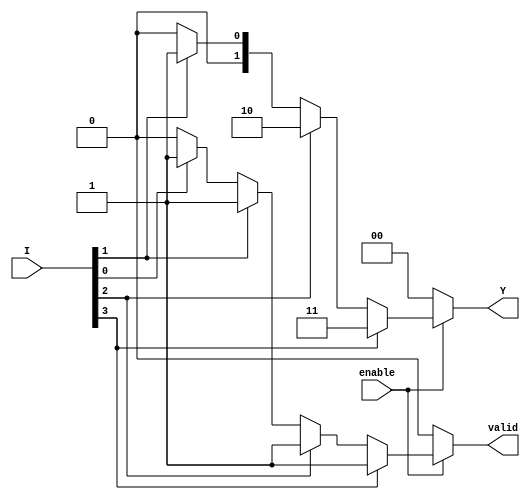
module priority_encoder (
    input wire enable,      // Enable signal
    input wire [3:0] I,    // 4 input lines (I3, I2, I1, I0)
    output reg [1:0] Y,    // 2-bit output for the index
    output reg valid        // Valid output signal
);

always @(*) begin
    if (!enable) begin
        // If not enabled, set outputs to default state
        Y = 2'b00;
        valid = 1'b0;
    end else begin
        // Default output
        Y = 2'b00;
        valid = 1'b0;

        // Priority encoding logic
        if (I[3]) begin
            Y = 2'b11; // Output for I3
            valid = 1'b1;
        end else if (I[2]) begin
            Y = 2'b10; // Output for I2
            valid = 1'b1;
        end else if (I[1]) begin
            Y = 2'b01; // Output for I1
            valid = 1'b1;
        end else if (I[0]) begin
            Y = 2'b00; // Output for I0
            valid = 1'b1;
        end
    end
end

endmodule